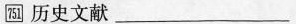
751 历史文献___x